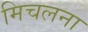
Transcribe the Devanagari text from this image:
मिचलना